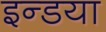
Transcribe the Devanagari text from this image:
इन्डया